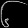
Digit: ၆